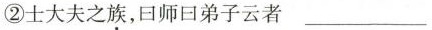
②士大夫之族，日师日弟子云者 ___